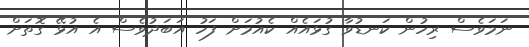
ނަމަވެސް ރިހުން ކަނޑުވާ ގުޅައެއް ކެއުމަށް ފަހު އަބަދުވެސް އެ އުޅޭ ގޮތަށް